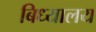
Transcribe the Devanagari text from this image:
बिध्यालय